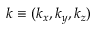
{ \boldsymbol k } \equiv ( k _ { x } , k _ { y } , k _ { z } )